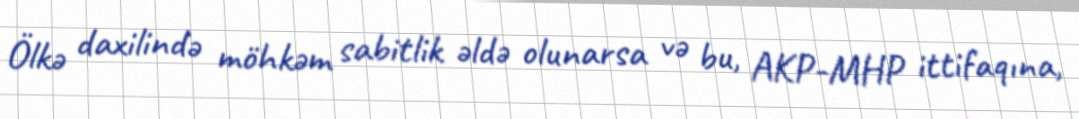
Ölkə daxilində möhkəm sabitlik əldə olunarsa və bu, AKP-MHP ittifaqına,